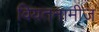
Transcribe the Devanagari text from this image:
वियतनामीज़